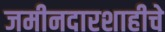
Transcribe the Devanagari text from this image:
जमीनदारशाहीचे